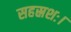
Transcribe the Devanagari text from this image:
सहस्रशः।